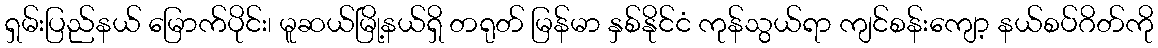
ရှမ်းပြည်နယ် မြောက်ပိုင်း၊ မူဆယ်မြို့နယ်ရှိ တရုတ် မြန်မာ နှစ်နိုင်ငံ ကုန်သွယ်ရာ ကျင်စန်းကျော့ နယ်စပ်ဂိတ်ကို